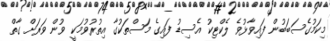
މިކަމުގެސަބަބުން ފައިވާޅުވެ ލެކްޓިކު އެސިޑު ފައިގެ މަސްތަކުގާ އިތުރުވުމަކީ ވުން ވަރަށް ގާތް